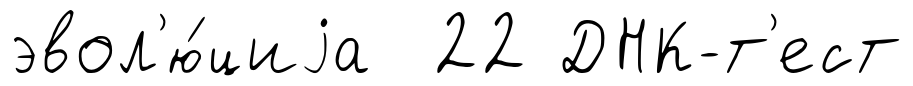
эвол'ю́циjа 22 ДНК-т'ест